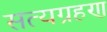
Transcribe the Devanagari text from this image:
सत्यग्रहण